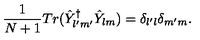
\frac { 1 } { N + 1 } T r ( \hat { Y } _ { l ^ { \prime } m ^ { \prime } } ^ { \dagger } \hat { Y } _ { l m } ) = \delta _ { l ^ { \prime } l } \delta _ { m ^ { \prime } m } .